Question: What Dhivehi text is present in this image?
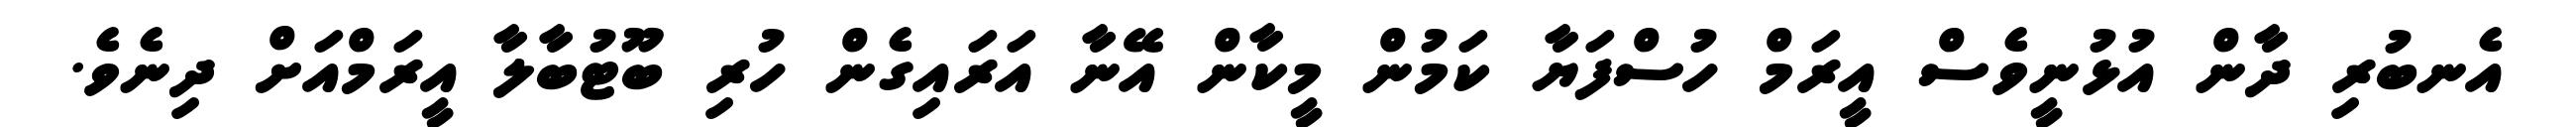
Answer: އެނބުރި ދާން އުޅުނީވެސް އީރަމް ހުސްފަޔާ ކަމުން މީކާން އޭނާ އަރައިގެން ހުރި ބޫޓުބާލާ އީރަމްއަށް ދިނެވެ.